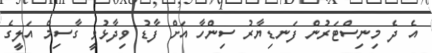
އެ ދެ މިނިސްޓަރުން ފަނޑިޔާރު ސިންހާ އަށް ފާޑު ވިދާޅުވީ ގާސިމް އަލީގެ